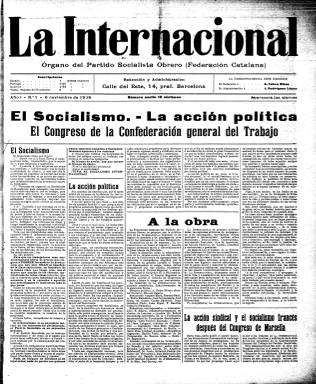
Título: La Internacional (Barcelona)
Colección: Periódicos || Socialismo
Ámbito geográfico: Barcelona
Lugar de publicación: Barcelona
Fechas: 06/11/1908-23/07/1909

Este semanario publicado a partir de 1908 en Barcelona es un testimonio de la fuerza que estaban adquiriendo las ideas socialistas en Cataluña y en toda España. Ese mismo año se fundó en Madrid La Casa del Pueblo y dos años más tarde el líder socialista, Pablo Iglesias, se convertiría en el primer diputado del PSOE en el Congreso.

    El Socialista, el periódico fundado en Madrid por Pablo Iglesias en 1886, saludó la aparición de La Internacional en Barcelona como un medio de información hermano y como una herramienta para contrarrestar la influencia que en Cataluña tenían las ideas y las organizaciones anarquistas en el mundo obrero.

   Esta publicación socialista catalana, que tuvo un vida efímera, constaba de cuatro páginas por número y su contenido era, lógicamente, de carácter doctrinal, con artículos de fondo de defensa del ideario socialista, información de la actualidad política y noticias sobre el movimiento obrero y sindical en Cataluña y España así como en todo el mundo.

  Apenas contaba con publicidad, por lo que tenía que ser financiado con las aportaciones de los suscriptores, en su mayoría miembros de la federación catalana socialista. Dados sus pocos recursos, aunque se pueden ver grabados y fotografías en algunos de sus números, no pudo hacer un uso más extensivo de las ilustraciones.

  Como aspecto destacable, en el primer número puede leerse un artículo de Jean Longuet sobre el socialismo francés y el congreso de Marsella. Longuet, que era nieto de Carlos Marx, era un político socialista que fundó en Francia el periódico Le Populaire.

  El semanario La Internacional fue fundado por Antonio Fabra i Ribas tras haber colaborado en Francia en L’Humanité, y por un histórico del socialismo catalán, Josep Comaposada, que era zapatero de profesión y líder socialista en Barcelona.

   Fabra i Ribas, que era también delegado en el sindicato Solidaritat Obrera, tuvo un papel muy activo en las protestas por la guerra de Marruecos que condujeron a la llamada Semana Trágica de Barcelona entre últimos de julio y primeros de agosto de 1909. Es por esta razón que La Internacional publicó su último número el 23 de julio, dada la represión consiguiente que acabó con éste y otros periódicos que habían participado activamente en la huelga general y los sucesos que se desencadenaron.

[Descripción publicada el 17/08/2022]